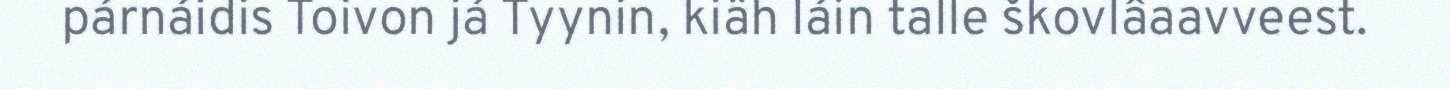
párnáidis Toivon já Tyynin, kiäh láin talle škovlâaavveest.